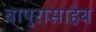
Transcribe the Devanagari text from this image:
बापुरासाहेब